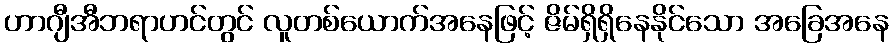
ဟာဂျီအီဘရာဟင်တွင် လူတစ်ယောက်အနေဖြင့် ဇိမ်ရှိရှိနေနိုင်သော အခြေအနေ